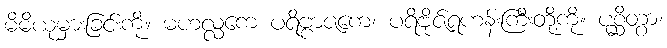
မိမိယုံမှားခြင်းကို။ မဟလ္လကေ ပရိဗ္ဗာဇကေ၊ ပရိဗိုဇ်ရဟန်းကြီးတို့ကို။ ပုစ္ဆိတွာ၊